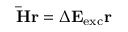
\mathbf { \bar { H } r } = \Delta \mathbf { E } _ { \mathrm { e x c } } \mathbf { r }